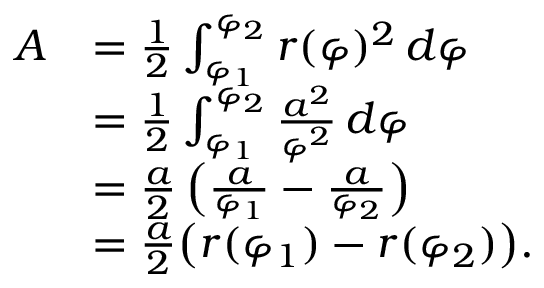
{ \begin{array} { r l } { A } & { = { \frac { 1 } { 2 } } \int _ { \varphi _ { 1 } } ^ { \varphi _ { 2 } } r ( \varphi ) ^ { 2 } \, d \varphi } \\ & { = { \frac { 1 } { 2 } } \int _ { \varphi _ { 1 } } ^ { \varphi _ { 2 } } { \frac { a ^ { 2 } } { \varphi ^ { 2 } } } \, d \varphi } \\ & { = { \frac { a } { 2 } } \left( { \frac { a } { \varphi _ { 1 } } } - { \frac { a } { \varphi _ { 2 } } } \right) } \\ & { = { \frac { a } { 2 } } { \bigl ( } r ( \varphi _ { 1 } ) - r ( \varphi _ { 2 } ) { \bigr ) } . } \end{array} }